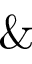
\&